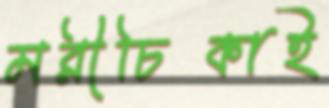
মরীচিকাই